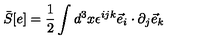
{ \bar { S } } [ e ] = \frac { 1 } { 2 } \int d ^ { 3 } x \epsilon ^ { i j k } { \vec { e } } _ { i } \cdot \partial _ { j } { \vec { e } } _ { k }